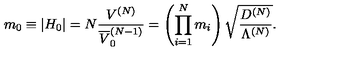
m _ { 0 } \equiv \left| H _ { 0 } \right| = N \frac { V ^ { ( N ) } } { \overline { { V } } _ { 0 } ^ { ( N - 1 ) } } = \left( \prod _ { i = 1 } ^ { N } m _ { i } \right) \sqrt { \frac { D ^ { ( N ) } } { \Lambda ^ { ( N ) } } } .